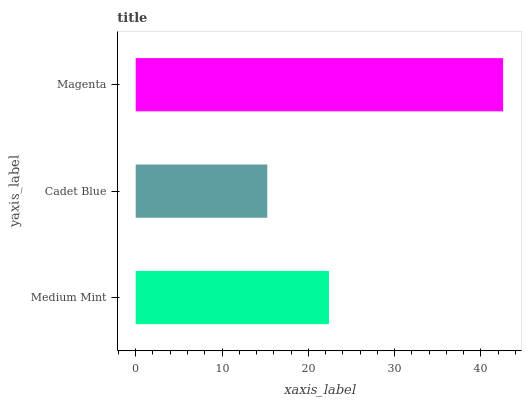
| yaxis_label | bars |
 | --- | --- |
 | Medium Mint | 22.4 |
 | Cadet Blue | 15.2 |
 | Magenta | 42.6 |